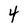
Character: 4